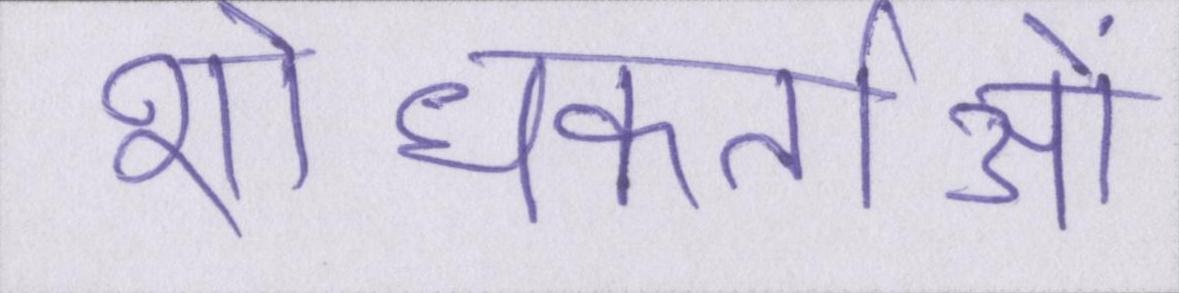
शोधकर्ताओं